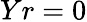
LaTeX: Yr=0